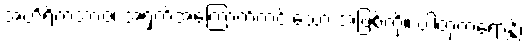
အဟိရိကဘာဝံ၊ အရှက်အကြောက်ကင်းသော အဖြစ်ကို။ ပါတုကရောန္တိ၊